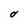
Character: O